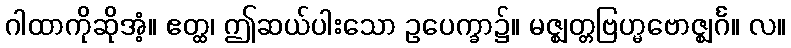
ဂါထာကိုဆိုအံ့။ ဧတ္ထ၊ ဤဆယ်ပါးသော ဥပေက္ခာ၌။ မဇ္ဈတ္တဗြဟ္မဗောဇ္ဈင်္ဂ။ လ။